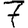
Digit: 7